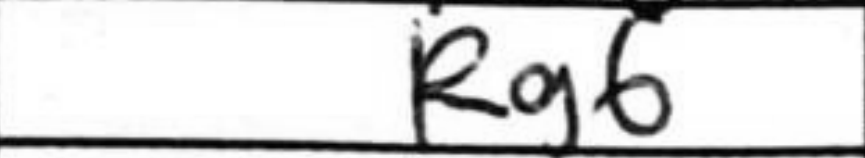
Transcription: Rg6